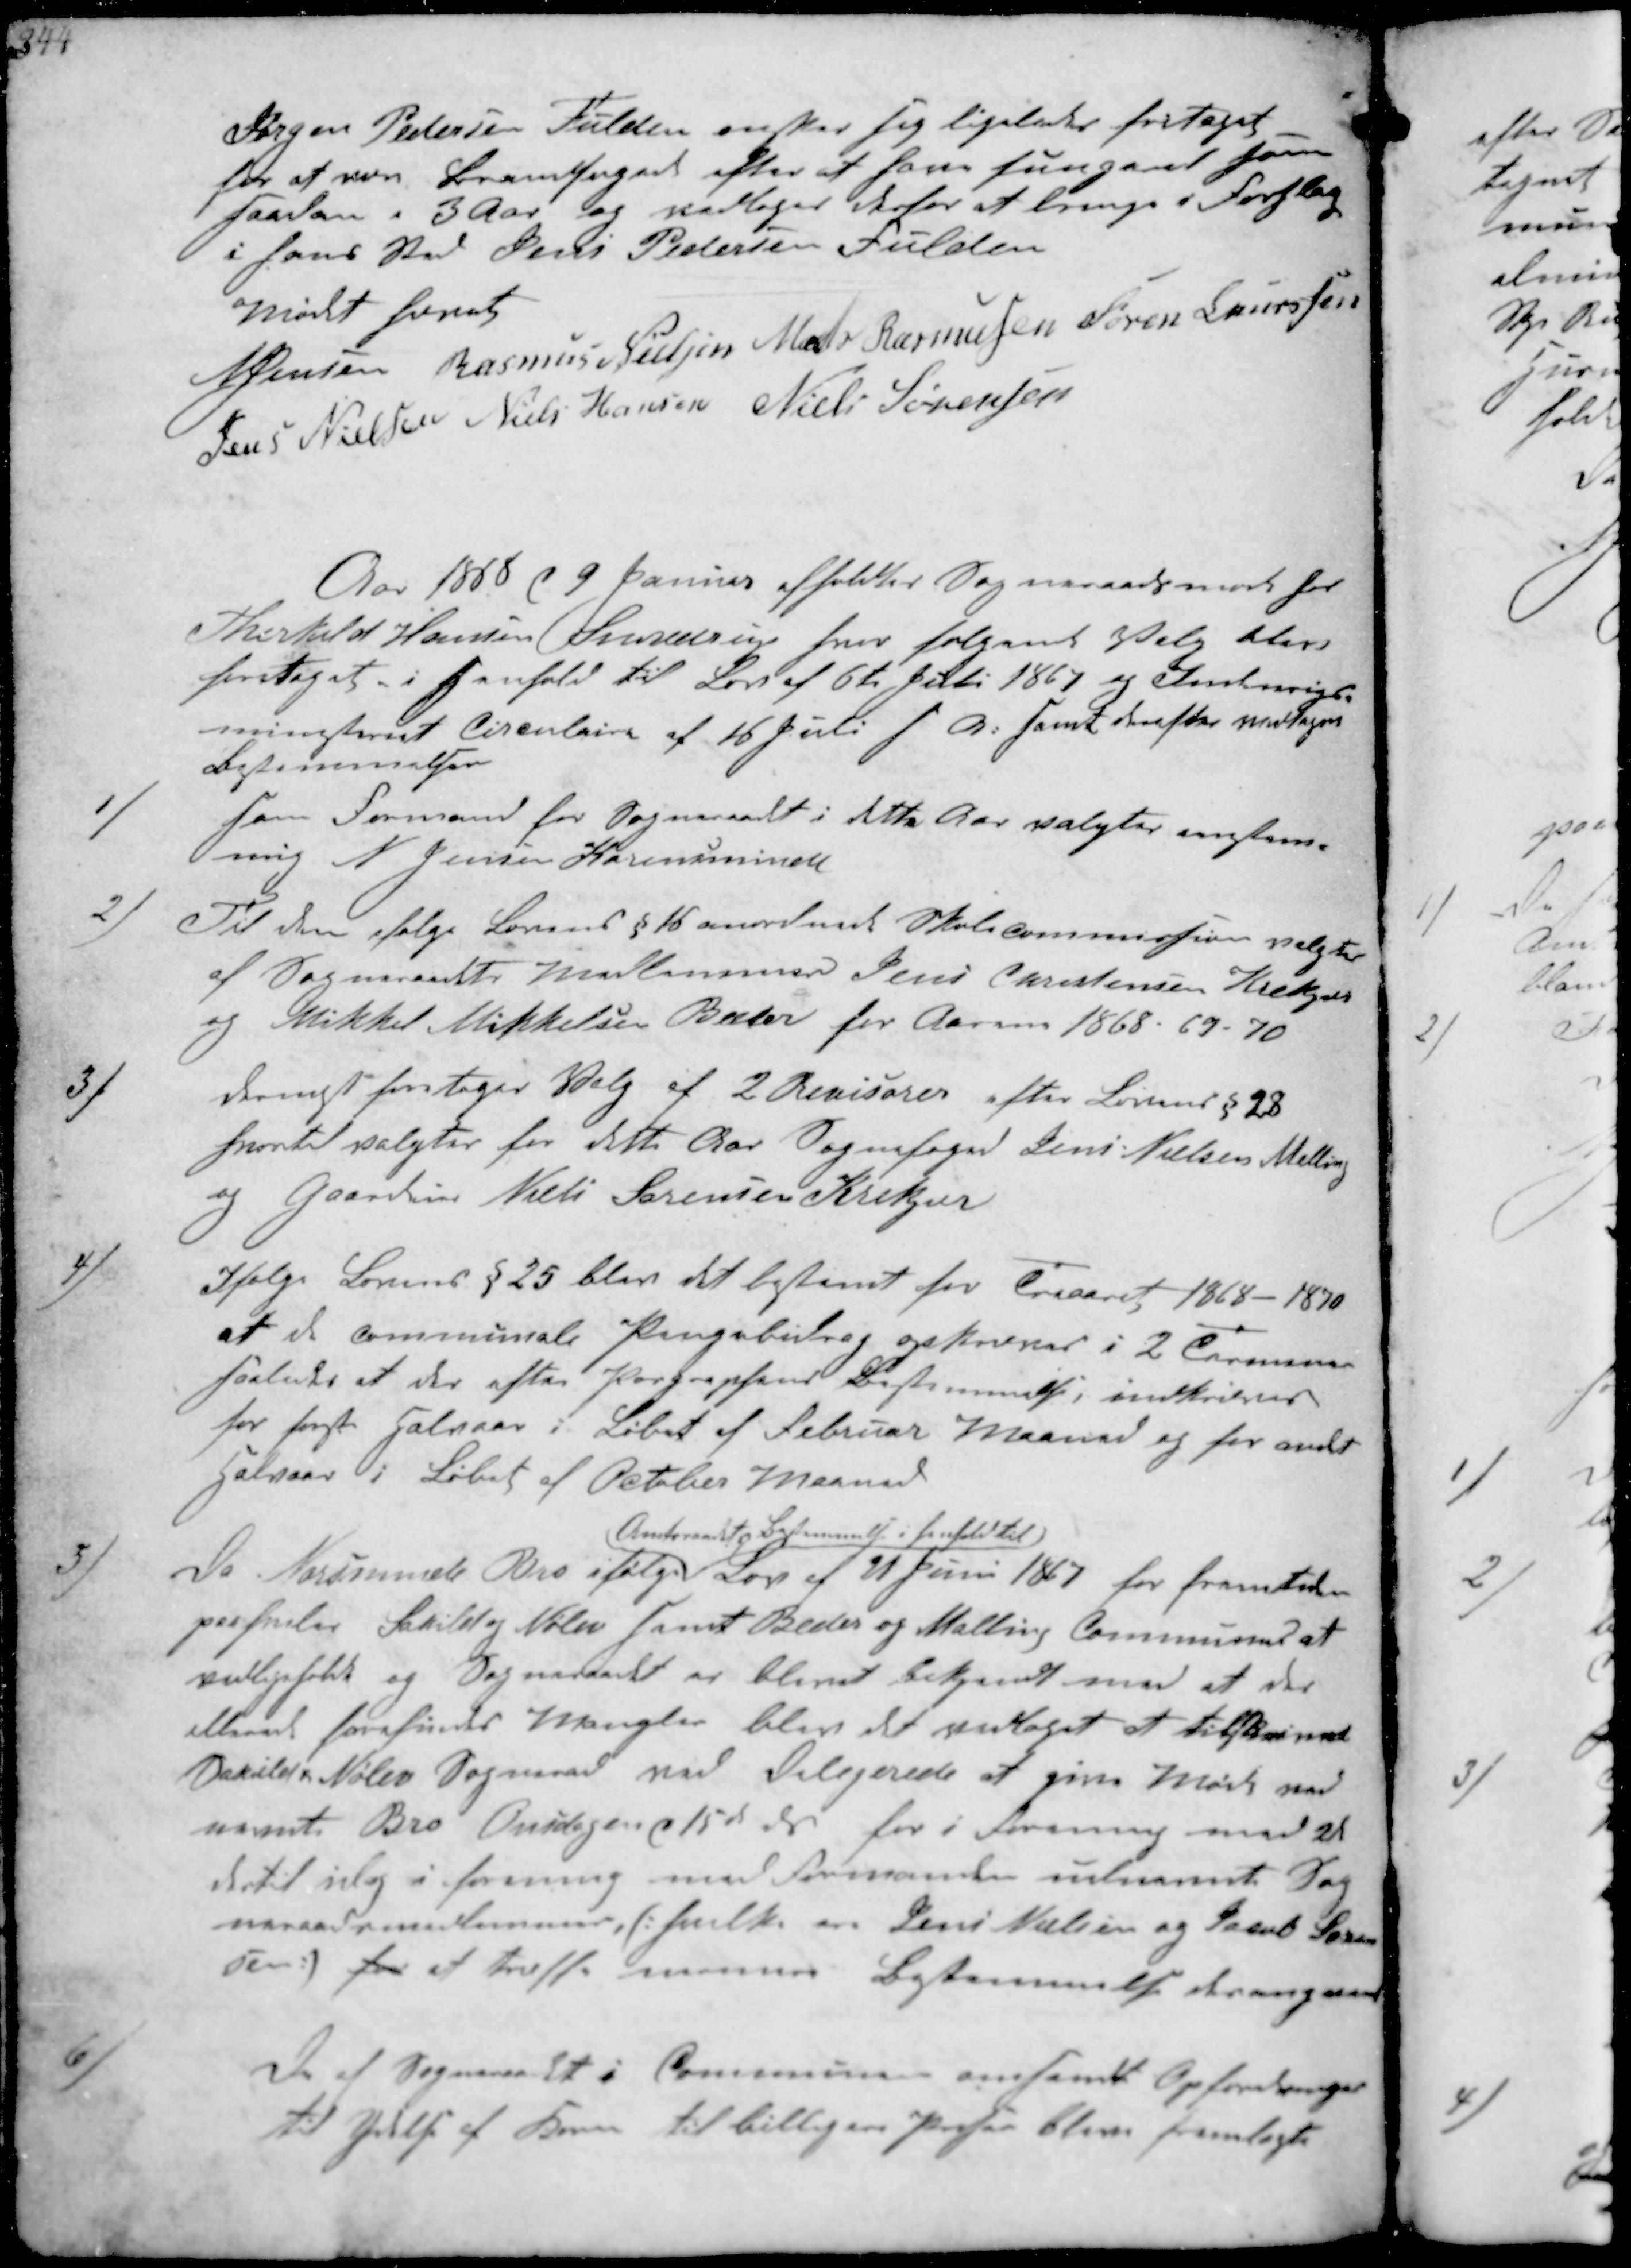
Transskription:
Jørgen Pedersen Fulden ønker sig ligeledes fritaget
for at være Brandfogede efter at have fungeret som
saadan i 3 Aar og vedtoges derfor at bringe i Forslag
i hans Sted Jens Pedersen Fulden
Mødet hævet
N Jensen
Rasmus Nielsen
Mads Rasmussen
Søren Laurssen
Jens Nielsen
Niels Hansen
Niels Sørensen

Aar 1858 d 9 Januar afholdtes Sogneraadsmøde hos
Thorkild Hansen Snovdrup hvor følgende Valg blev
foretaget i Henhold til Lov af 6te Juli 1867 og Inderrigs-
ministeriet Circulaire af 16 Juli f A. samt derefter vedtages
Bestemmelser
1)
som Formand for Sogneraadet i dette Aar valgtes enstem-
mig N Jensen Karensminde
2)
Til den ifølge Lovens § 16 anordnede Skolecommission valgte
af Sogneraadets Medlemmer Jens Christensen Krekær
og Mikkel Mikkelsen Beder for Aarene 1868 - 69 - 70
3)
dernest foretoges Valg af 2 Revisorer efter Lovens §28
hvortil valgter for dette Aar Sognefoged Jens Nielsen Malling
og Gaardeier Niels Sørensen Krekjær
4)
Ifølge Lovens § 25 blev det bestemt for Treaaret 1868 - 1870
at de communale Pengebidrag opkræves i 2 Terminer
saaledes at der efter Paragrafens Bestemmelse, indkrives
for første Halvaar i Løbet af Februal Maaned og for andet
Halvaar i Løbet af Octeber Maaned
5)
Da Norsminde Bro ifølge
Amtsraadet s Bestemmelse i henhold til
Lov af 21 Juni 1867 for fremtiden
paahviler Saxild og Nølev samt Beder og Malling Communer at
vedligeholde og Sogneraadet er blevet bekjendt med at der
allerede forefindes Mangler blev det vedtaget at tilskrive
Saxilds Nølev Sogneraad ved Delegerede at give Møde ved
nævnte Bro Onsdagen d 15de ds for i Forening med et
dertil  i forening med Formanden udnævnte Sog-
neraadsmedlemmer, s: hvilke er Jens Nielsen og Jacob Søren-
sen for at træffe nærmer Bestemmelse derangaaend
6)
De af Sogneraadt i Communen omsendt Opfordringer
til Ydelse af Korn til billigere Priser bleve fremlagt